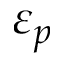
\varepsilon _ { p }